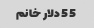
55 دلار خانم